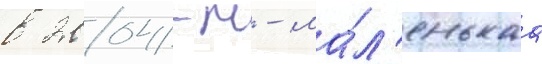
в 2004-м - ма́л'енькаа